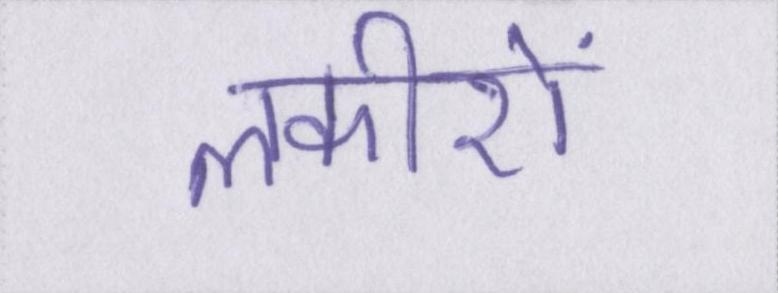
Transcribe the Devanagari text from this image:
लकीरों